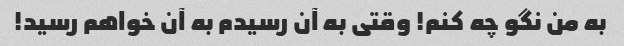
به من نگو ​​چه کنم! وقتی به آن رسیدم به آن خواهم رسید!